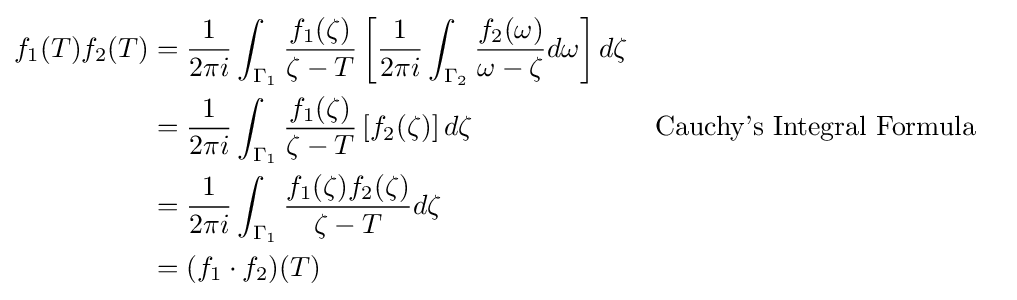
{\begin{aligned}f_{1}(T)f_{2}(T)&={\frac {1}{2\pi i}}\int _{\Gamma _{1}}{\frac {f_{1}(\zeta )}{\zeta -T}}\left[{\frac {1}{2\pi i}}\int _{\Gamma _{2}}{\frac {f_{2}(\omega )}{\omega -\zeta }}d\omega \right]d\zeta \\&={\frac {1}{2\pi i}}\int _{\Gamma _{1}}{\frac {f_{1}(\zeta )}{\zeta -T}}\left[f_{2}(\zeta )\right]d\zeta &&{\text{Cauchy's Integral Formula}}\\&={\frac {1}{2\pi i}}\int _{\Gamma _{1}}{\frac {f_{1}(\zeta )f_{2}(\zeta )}{\zeta -T}}d\zeta \\&=(f_{1}\cdot f_{2})(T)\end{aligned}}